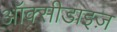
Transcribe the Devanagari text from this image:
ऑक्सीडाइज़